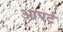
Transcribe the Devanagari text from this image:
आपर्ट